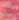
انها